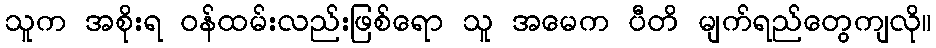
သူက အစိုးရ ဝန်ထမ်းလည်းဖြစ်ရော သူ အမေက ပီတိ မျက်ရည်တွေကျလို။